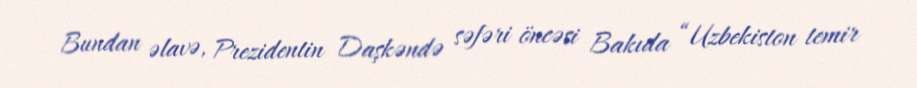
Bundan əlavə, Prezidentin Daşkəndə səfəri öncəsi Bakıda “Uzbekiston temir